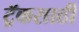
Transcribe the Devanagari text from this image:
ट्रॅकसाठी